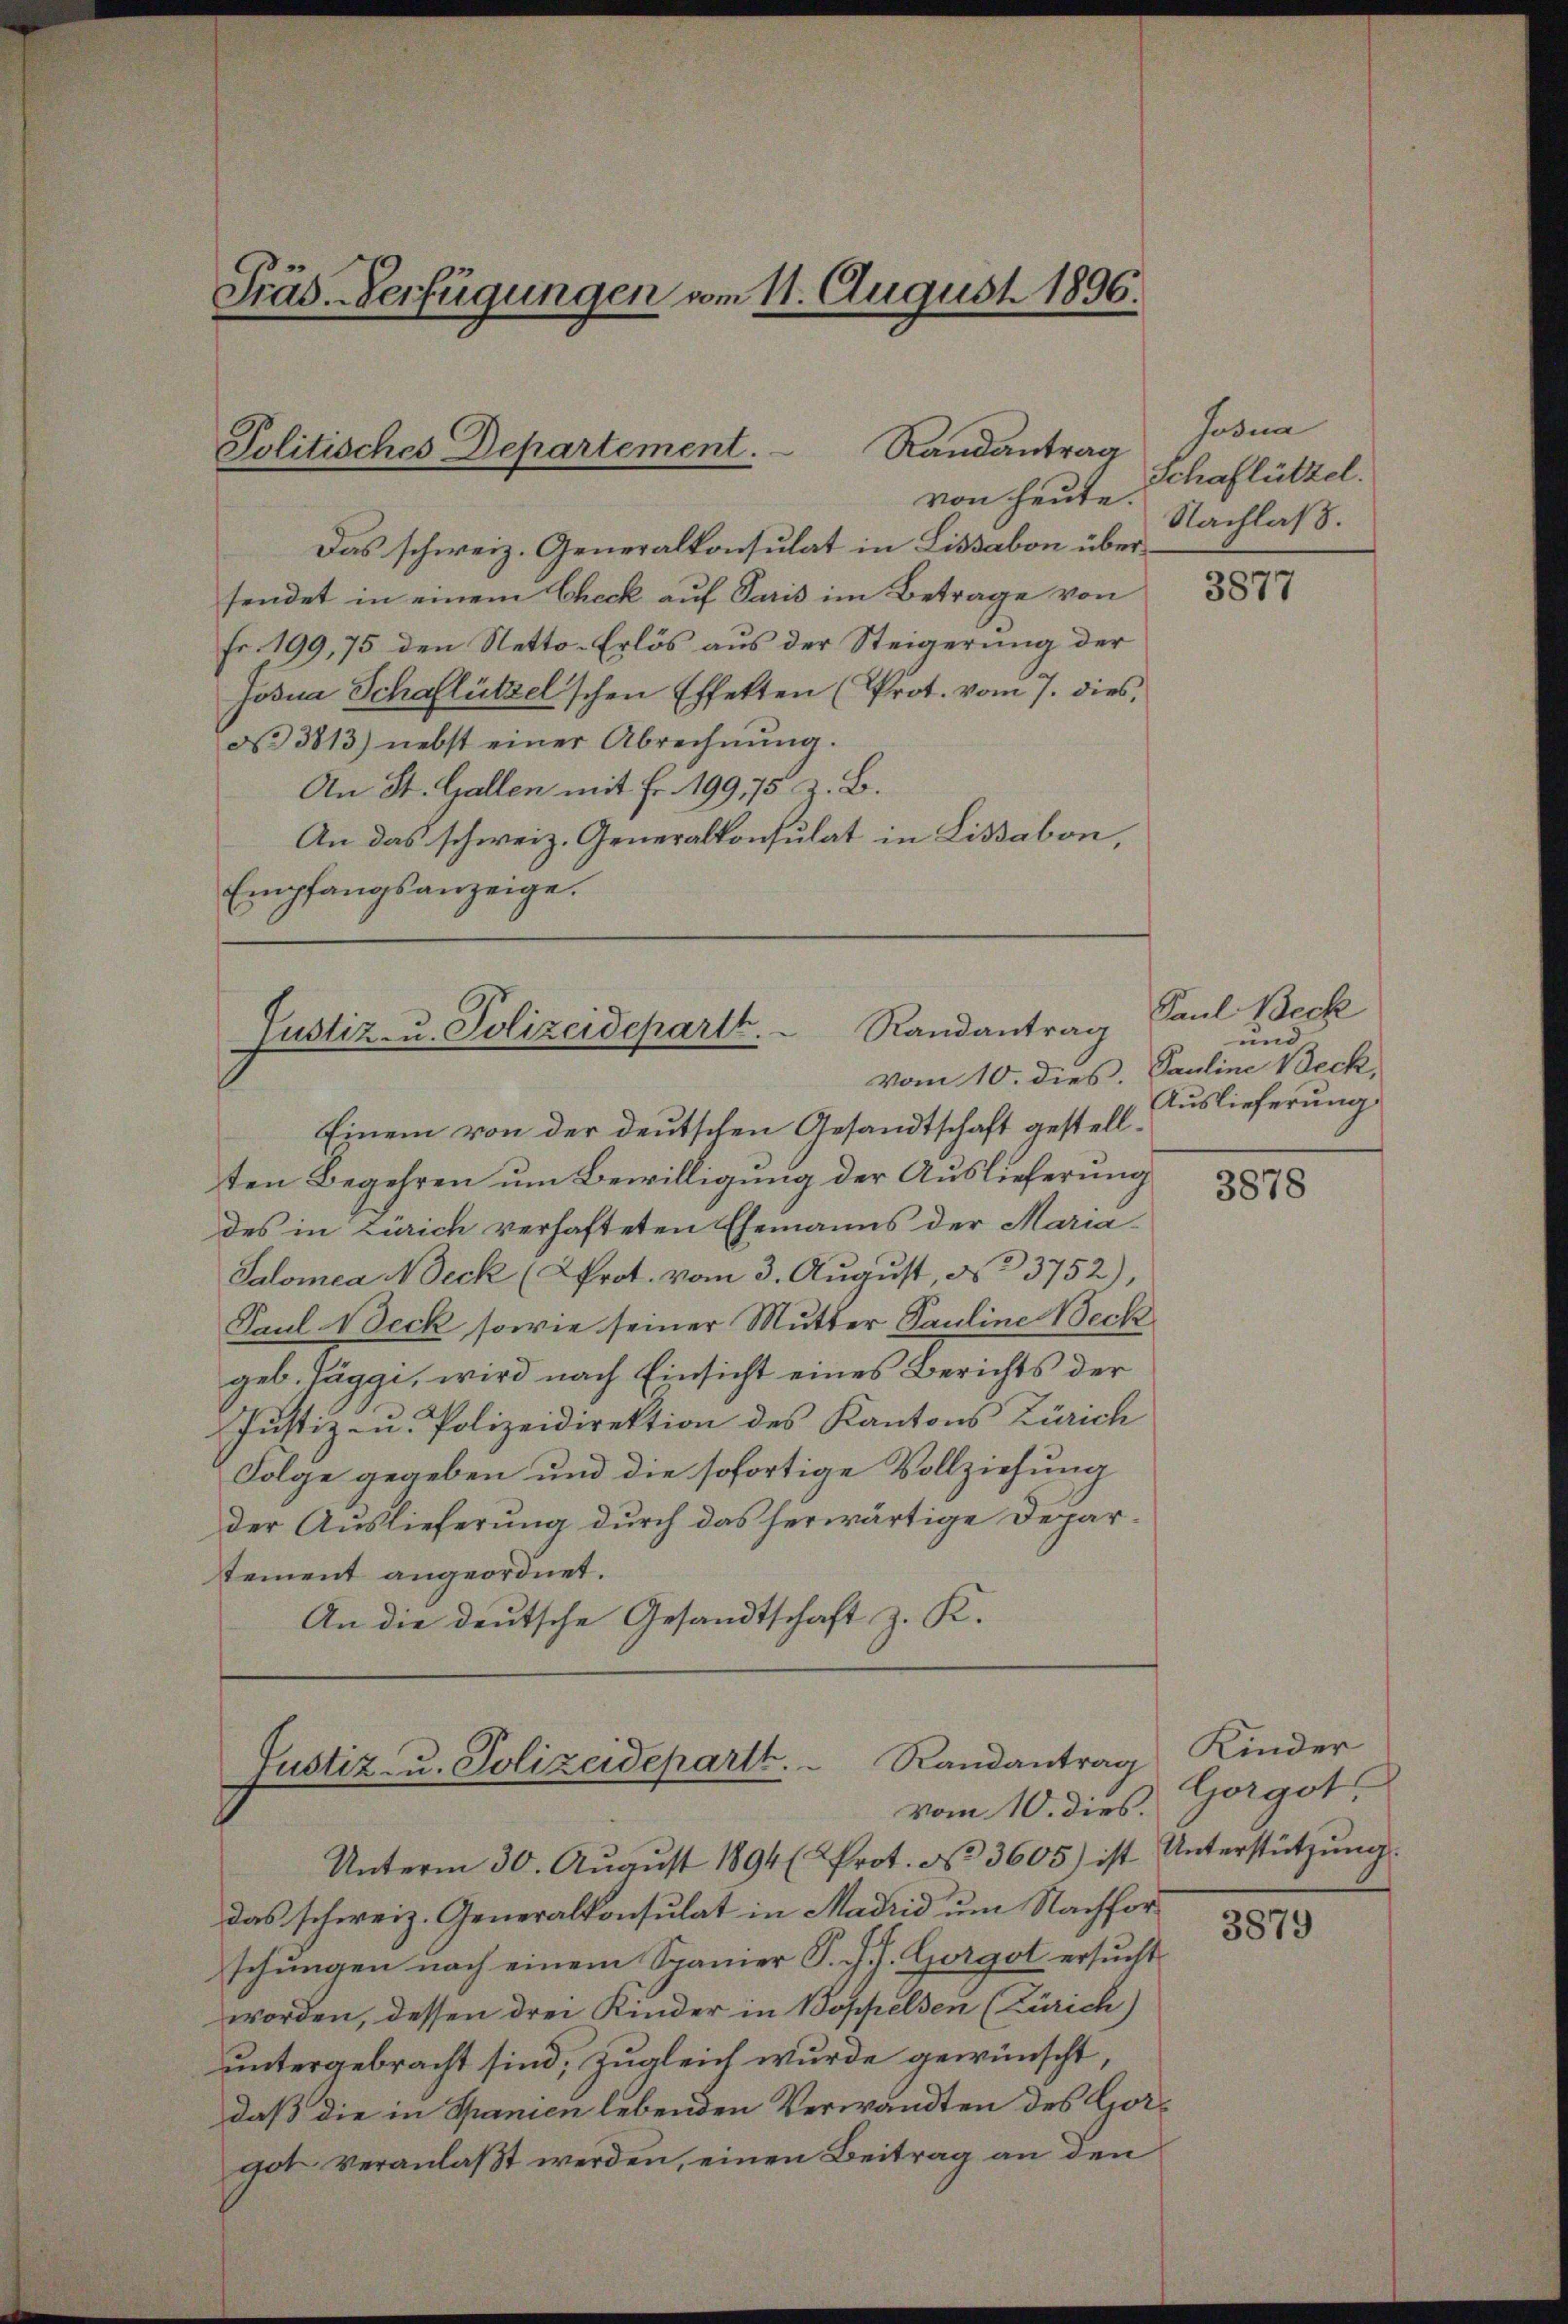
Das schweiz. Generalkonsulat in Lissabon übersendet in einem Check auf Paris im Betrage von
Fr. 199, 75 den Netto. Erlös aus der Steigerung der
Josna Schaflützelschen Effekten (Prot. vom 7. dies,
No 3813) nebst einer Abrechnŭng.
An St. Gallen mit Fr. 199,75 z. B.
An das schweiz. Generalkonsulat in Lissabon,
Empfangsanzeige.

Präs. Verfügungen vom 11. August 1896.

Randantrag
Politisches Departement.

Randantrag
Justiz- u. Polizeidepartt.
vom 10. dies. Pauline Beck,

Einem von der deutschen Gesandtschaft gestellten Begehren um Bewilligung der Auslieferung
des in Zürich verhafteten Ehemanns der Maria-
Salomea Neck (Prot. vom 3. August, § 23752),
Paul Weck sowie seiner Mutter Pauline Beck
geb. Jäggi, wird nach Einsicht eines Berichts der
Justiz- u. Polizeidirektion des Kantons Zürich
Folge gegeben und die sofortige Vollziehung
der Auslieferung durch das herwärtige Departement angeordnet.
An die deutsche Gesandtschaft z. K.

Randantrag
Justiz- u. Polizeideparth.
vom 10. dies.

Jodna
von heute Schaflützel.
Nachlas.

3877

Paul Beck
und
Auslieferung

Unterm 30. August 1894 (Prot. No 3605) ist
das schweiz. Generalkonsulat in Madrid um Nachforschungen nach einem Spanier P. J. J. Gorgot ersucht
worden, dessen drei Kinder in Boppelsen (Zürich)
untergebracht sind; zugleich wurde gewünscht,
daß die in Spanien lebenden Verwandten des Gorgot veranlaßt werden, einen Beitrag an den

3878

Kinder
Gorgot.
Unterstützung.

3879